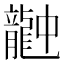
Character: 𪚚